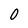
Character: 0